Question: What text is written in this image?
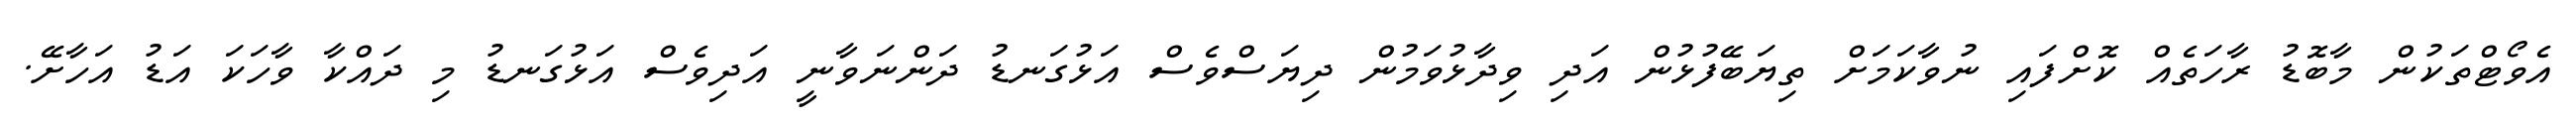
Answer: އެވޯޓްތަކުން މާބޮޑު ރާހަތެއް ކޮށްފައި ނުވާކަމަށް ތިޔަބޭފުޅުން އަދި ވިދާޅުވަމުން ދިޔަސްވެސް އަޅުގަނޑު ދަންނަވާނީ އަދިވެސް އަޅުގަނޑު މި ދައްކާ ވާހަކަ އަޑު އަހާށޭ.